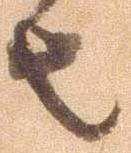
者